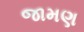
જામણ